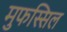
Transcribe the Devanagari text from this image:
मुफस्सिल